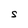
Character: S